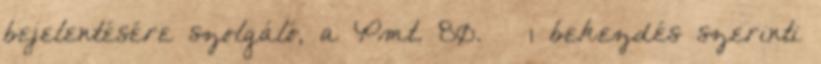
bejelentésére szolgáló, a Pmt. 80. § 1 bekezdés szerinti